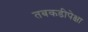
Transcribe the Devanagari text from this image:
तबकडीपेक्षा